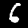
Digit: 6